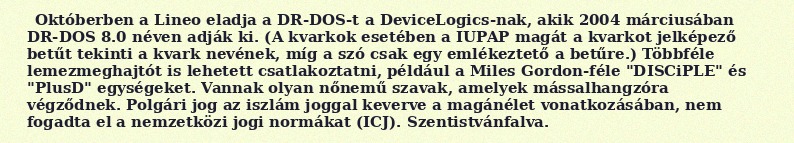
Októberben a Lineo eladja a DR-DOS-t a DeviceLogics-nak, akik 2004 márciusában DR-DOS 8.0 néven adják ki. (A kvarkok esetében a IUPAP magát a kvarkot jelképező betűt tekinti a kvark nevének, míg a szó csak egy emlékeztető a betűre.) Többféle lemezmeghajtót is lehetett csatlakoztatni, például a Miles Gordon-féle "DISCiPLE" és "PlusD" egységeket. Vannak olyan nőnemű szavak, amelyek mássalhangzóra végződnek. Polgári jog az iszlám joggal keverve a magánélet vonatkozásában, nem fogadta el a nemzetközi jogi normákat (ICJ). Szentistvánfalva.